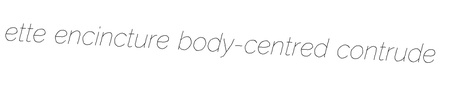
ette encincture body-centred contrude